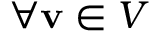
\forall \mathbf { v } \in V